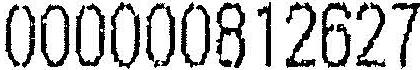
000000812627